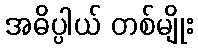
အဓိပ္ပါယ် တစ်မျိုး